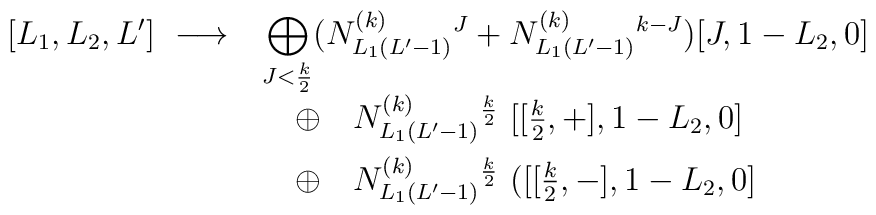
[L_{1},L_{2},L'] \ \longrightarrow \ \makebox[8cm][l]{$\displaystyle\begin{array}[t]{l}\displaystyle \bigoplus_{J< \frac{k}{2}}\bigl( N^{(k)}_{L_{1} (L'-1)}{}^{J}+N^{(k)}_{L_{1} (L'-1)}{}^{k-J} \bigr) [J,1-L_{2},0]\\ \quad \oplus \quad N^{(k)}_{L_{1} (L'-1)}{}^{\frac{k}{2}} \ [[\frac{k}{2},+],1-L_{2},0] \\[2mm] \quad \oplus \quad N^{(k)}_{L_{1} (L'-1)}{}^{\frac{k}{2}} \ ([[\frac{k}{2},-],1-L_{2},0]\end{array}$ }